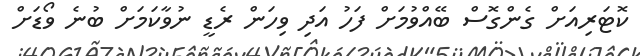
ކޮޓަރިއަށް ގެންގޮސް ބޭއްވުމަށް ފަހު އަދި ވިހަން ރެޑީ ނުވާކަމަށް ބުނެ ވޯޑަށް